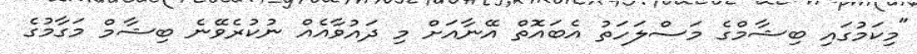
"މިކަމުގައި ބިޝާމްގެ މަސްލަހަތު އެބައޮތް އޭނާއަށް މި ދައުވާއެއް ނުކުރެވޭނެ ބިޝާމް މަގާމުގެ